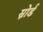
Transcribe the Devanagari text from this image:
स्नोर्ड